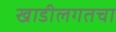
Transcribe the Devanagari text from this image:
खाडीलगतचा